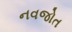
નવજોત